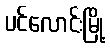
ပင်လောင်းမြို့